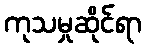
ကုသမှုဆိုင်ရာ